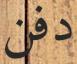
دفن